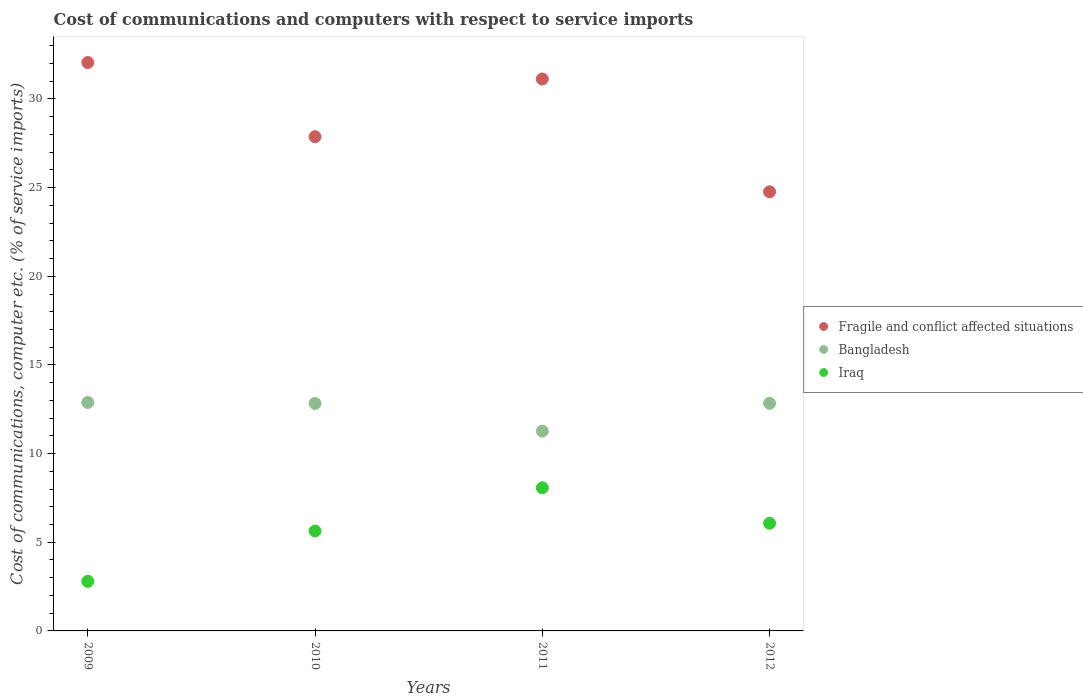
| Years | Fragile and conflict affected situations | Bangladesh | Iraq |
 | --- | --- | --- | --- |
 | 2009 | 32.1 | 12.9 | 2.79 |
 | 2010 | 27.9 | 12.8 | 5.63 |
 | 2011 | 31.1 | 11.3 | 8.07 |
 | 2012 | 24.8 | 12.8 | 6.07 |